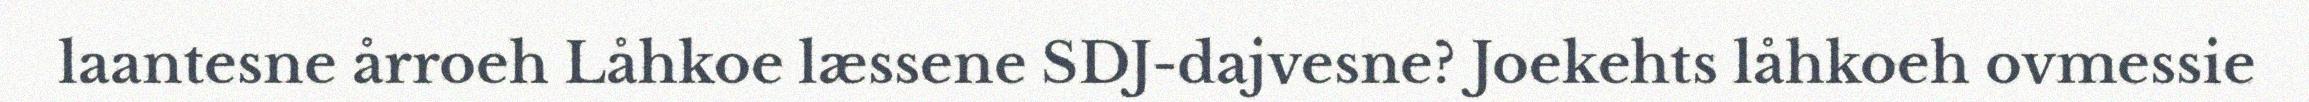
laantesne årroeh Låhkoe læssene SDJ-dajvesne? Joekehts låhkoeh ovmessie